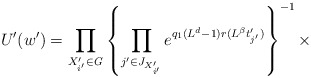
\begin{align*}U'(w')=\prod_{X'_{i'}\in {\it G}}\left\{\prod_{j'\in J_{X'_{i'}}}e^{q_{1}(L^d-1)r(L^{\beta}t'_{j'})}\right\}^{-1}\times\end{align*}